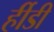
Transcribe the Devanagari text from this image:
र्हीडी